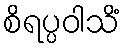
စိရပ္ပဝါသိံ